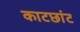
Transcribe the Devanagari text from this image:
काटछांट